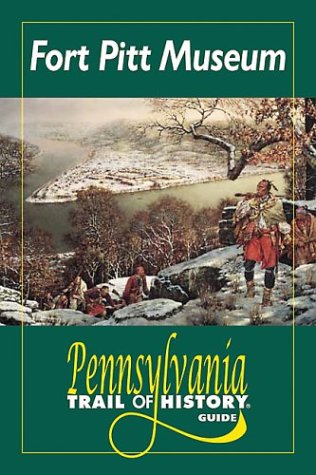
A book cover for Fort Pitt Museum and Park (Pennsylvania Trail of History Guides); David Dixon; Travel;